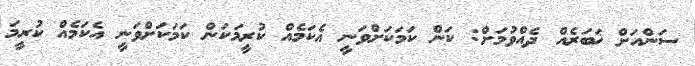
ސަންއަށް ޚަބަރެއް ދެއްވުމަށް: ކަން ކަމަކަށްވަނީ އެކަމެއް ކުރީމަކަން ކަމަކަށްވަނީ އެކަމެއް ކުރީމަ